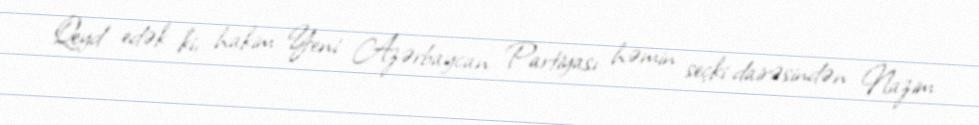
Qeyd edək ki, hakim Yeni Azərbaycan Partiyası həmin seçki dairəsindən Nazim